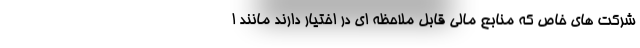
شرکت های خاص که منابع مالی قابل ملاحظه ای در اختیار دارند مانند ا